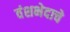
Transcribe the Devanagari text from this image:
वंशभेदाचे